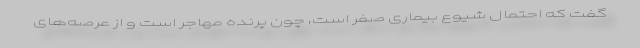
گفت که احتمال شیوع بیماری صفر است، چون پرنده مهاجر است و از عرصه‌های